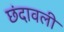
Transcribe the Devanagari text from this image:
छंदावली